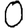
Digit: 0